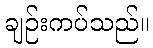
ချဉ်းကပ်သည်။